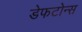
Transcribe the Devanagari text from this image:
डेफटोन्स